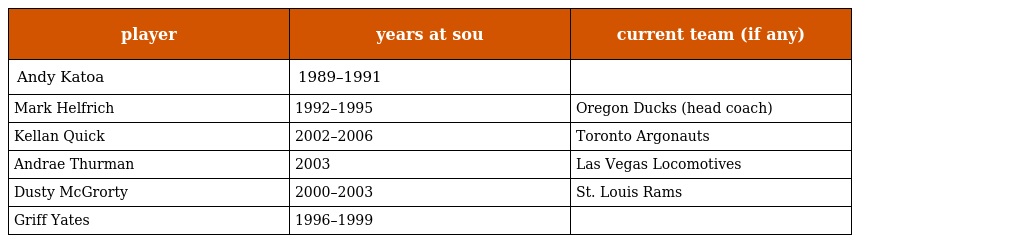
| player | years at sou | current team (if any) |
 | --- | --- | --- |
 | Andy Katoa | 1989–1991 |  |
 | Mark Helfrich | 1992–1995 | Oregon Ducks (head coach) |
 | Kellan Quick | 2002–2006 | Toronto Argonauts |
 | Andrae Thurman | 2003 | Las Vegas Locomotives |
 | Dusty McGrorty | 2000–2003 | St. Louis Rams |
 | Griff Yates | 1996–1999 |  |